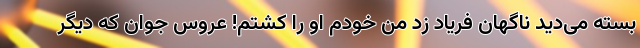
بسته می‌دید ناگهان فریاد زد من خودم او را کشتم! عروس جوان که دیگر